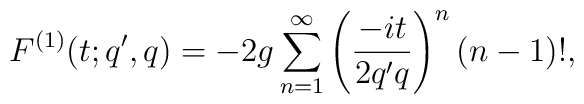
F^{(1)}(t;q',q)= -2g \sum_{n=1}^{\infty}          \left( \frac{-it}{2q'q} \right)^n (n-1)!,